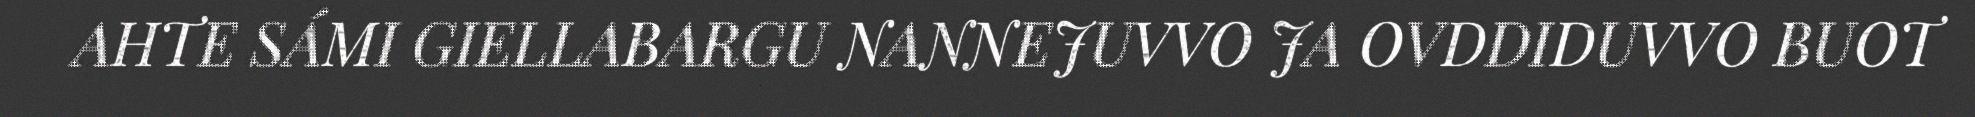
AHTE SÁMI GIELLABARGU NANNEJUVVO JA OVDDIDUVVO BUOT